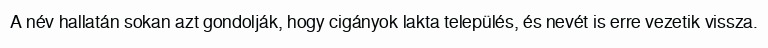
A név hallatán sokan azt gondolják, hogy cigányok lakta település, és nevét is erre vezetik vissza.